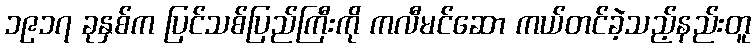
၁၉၁၇ ခုနှစ်က ပြင်သစ်ပြည်ကြီးကို ကလီမင်ဆော ကယ်တင်ခဲ့သည့်နည်းတူ